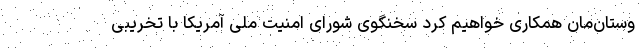
وستان‌مان همکاری خواهیم کرد سخنگوی شورای امنیت ملی آمریکا با تخریبی